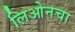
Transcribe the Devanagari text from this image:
लिओनचा